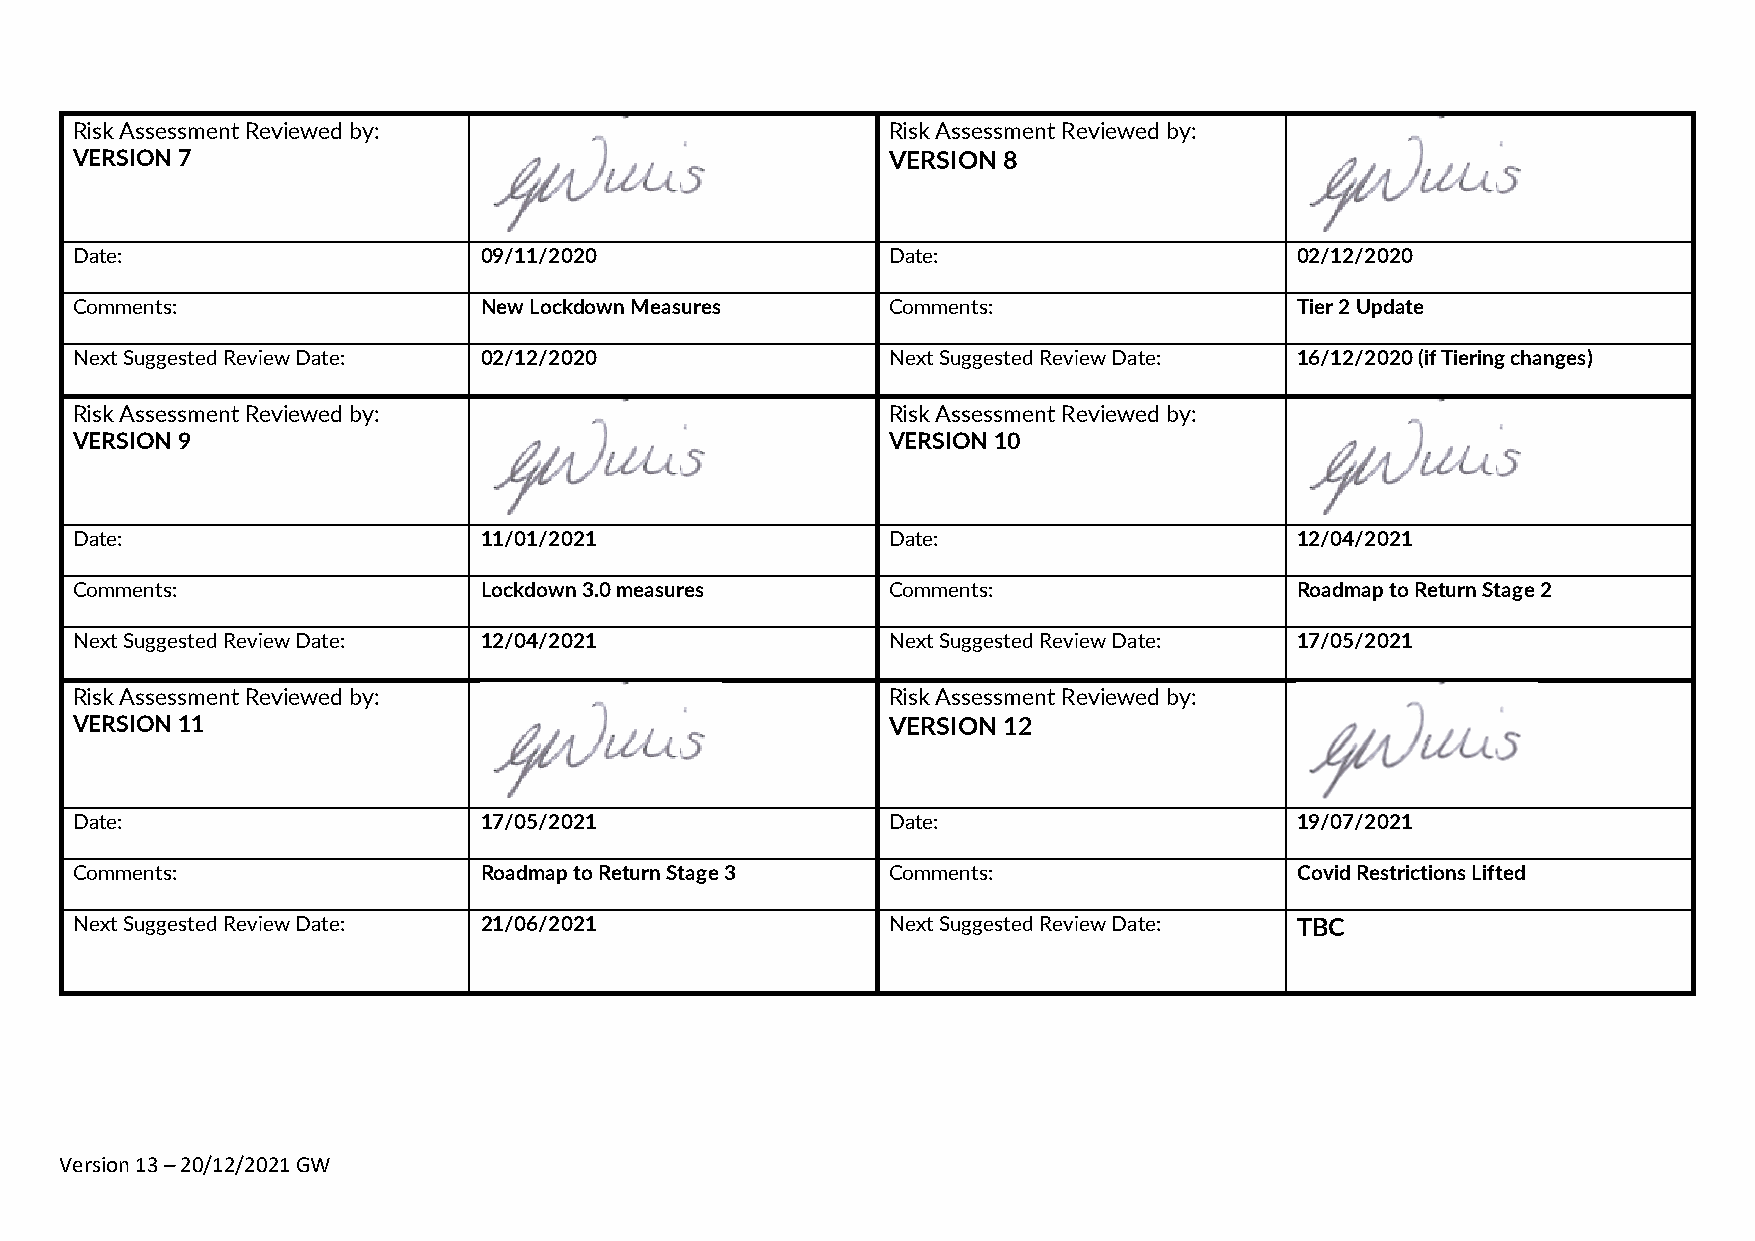
Risk Assessment Reviewed by:                          Risk Assessment Reviewed by:
 VERSION 7                                             VERSION 8
 Date:                      09/11/2020                 Date:                      02/12/2020
 Comments:                  New Lockdown Measures      Comments:                  Tier 2 Update
 Next Suggested Review Date: 02/12/2020                Next Suggested Review Date: 16/12/2020 (if Tiering changes)
 Risk Assessment Reviewed by:                          Risk Assessment Reviewed by:
 VERSION 9                                             VERSION 10
 Date:                      11/01/2021                 Date:                      12/04/2021
 Comments:                  Lockdown 3.0 measures      Comments:                  Roadmap to Return Stage 2
 Next Suggested Review Date: 12/04/2021                Next Suggested Review Date: 17/05/2021
 Risk Assessment Reviewed by:                          Risk Assessment Reviewed by:
 VERSION 11                                            VERSION 12
 Date:                      17/05/2021                 Date:                      19/07/2021
 Comments:                  Roadmap to Return Stage 3  Comments:                  Covid Restrictions Lifted
 Next Suggested Review Date: 21/06/2021                Next Suggested Review Date: TBC
 Version 13 – 20/12/2021 GW